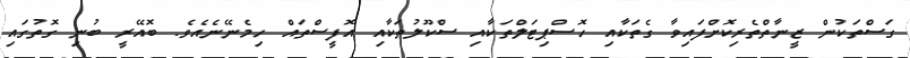
ގަސްތަކުން ޒީނާތްތެރިކޮށްފައިވާ ގެތަކާއި ހޮސްޕިޓަލްތަކާއި ސްކޫލުތަކާއި އޮފީސްތައް ހިމެނޭނެއެވެ. ބޮއޭރީ ބުނި ގޮތުގައި